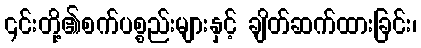
၎င်းတို့၏စက်ပစ္စည်းများနှင့် ချိတ်ဆက်ထားခြင်း၊